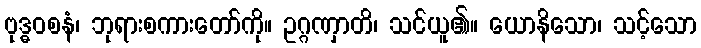
ဗုဒ္ဓဝစနံ၊ ဘုရားစကားတော်ကို။ ဥဂ္ဂဏှာတိ၊ သင်ယူ၏။ ယောနိသော၊ သင့်သော